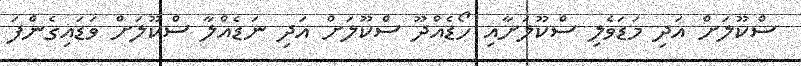
ސްކޫލަށް އަދި މަޑަވެލި ސްކޫލަށާއި ހޯޑެއްދޫ ސްކޫލަށް އަދި ނަޑެއްލާ ސްކޫލަށް ވަޑައިގެންފަ